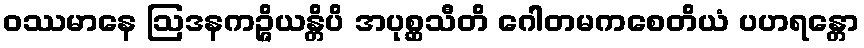
ဝဿမာနေ ဩဒနကဉ္ဇိယန္တိပိ အပုစ္ဆသီတိ ဂေါတမကစေတိယံ ပဟရန္တော